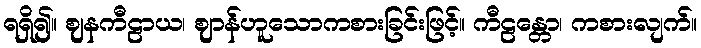
ရရှိ၍။ ဈနကီဠာယ၊ ဈာန်ဟူသောကစားခြင်းဖြင့်။ ကီဠန္တော၊ ကစားလျက်။